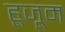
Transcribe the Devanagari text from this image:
हूजूम